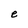
Character: e